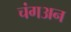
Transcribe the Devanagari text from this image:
चंगअन